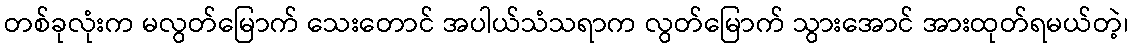
တစ်ခုလုံးက မလွတ်မြောက် သေးတောင် အပါယ်သံသရာက လွတ်မြောက် သွားအောင် အားထုတ်ရမယ်တဲ့၊